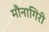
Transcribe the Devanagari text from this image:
मौनागिरी